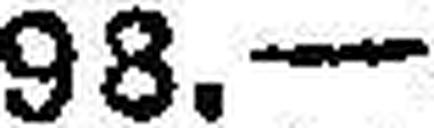
98.—